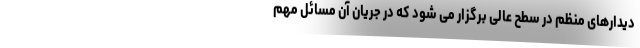
دیدارهای منظم در سطح عالی برگزار می شود که در جریان آن مسائل مهم